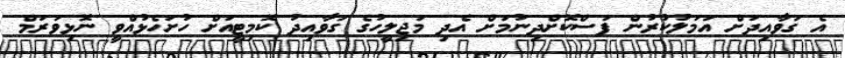
އެ ގަވާއިދަށް އަމަލުކުރުން ފަސްކޮށްދިނުމަށް އެދި މަޖިލީހުގެ ގަވާއިދު ކޮމިޓީއަށް ހުށަހެޅުއްވީ ނޮޅިވަރަމް